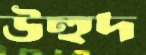
উহুদ